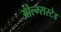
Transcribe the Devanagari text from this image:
ओल्म्सस्टेड